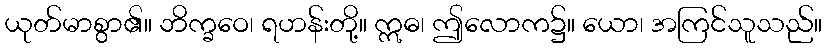
ယုတ်မာစွာ၏။ ဘိက္ခဝေ၊ ရဟန်းတို့။ ဣဓ၊ ဤလောက၌။ ယော၊ အကြင်သူသည်။